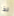
لذا